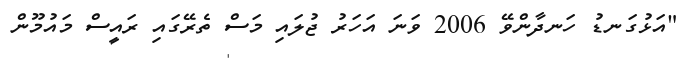
"އަޅުގަނޑު ހަނދާންވޭ 2006 ވަނަ އަހަރު ޖުލައި މަސް ތެރޭގައި ރައީސް މައުމޫން